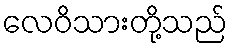
လေဝိသားတို့သည်